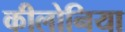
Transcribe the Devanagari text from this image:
कीलोनिया